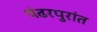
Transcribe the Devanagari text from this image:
पंढरपुरांत